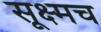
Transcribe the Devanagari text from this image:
सूक्ष्मच